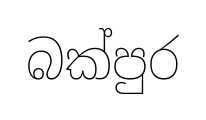
බක්පුර